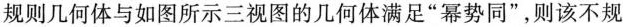
规则几何体与如图所示三视图的几何体满足”幂势同”，则该不规